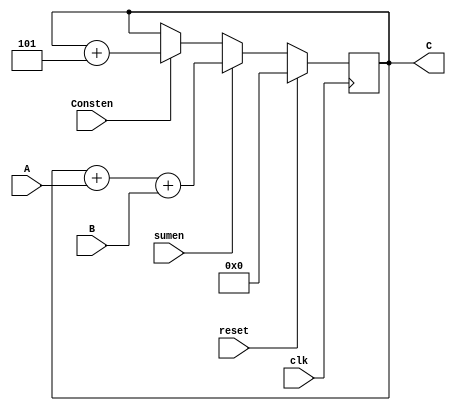
`timescale 1ns / 1ps
//////////////////////////////////////////////////////////////////////////////////
// Company: 
// Engineer: 
// 
// Design Name: 
// Module Name: Sumador
// Project Name: 
// Target Devices: 
// Tool Versions: 
// Description: 
// 
// Dependencies: 
// 
// Revision:
// Revision 0.01 - File Created
// Additional Comments:
// 
//////////////////////////////////////////////////////////////////////////////////


module Sumador(A,B,C, sumen, reset, clk, Consten);
input [3:0]A,B;
input clk, sumen,reset, Consten;
output reg [15:0]C = 0;
always@(posedge clk) begin
    if(reset)begin
    C <= 0;
    end
    else if(sumen)begin
    C <= C + A + B;
    end
    
    else if(Consten)begin
    C <= C+5;
    end
    else begin
    C <= C;
    end
end
endmodule